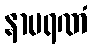
နာမရဏံ